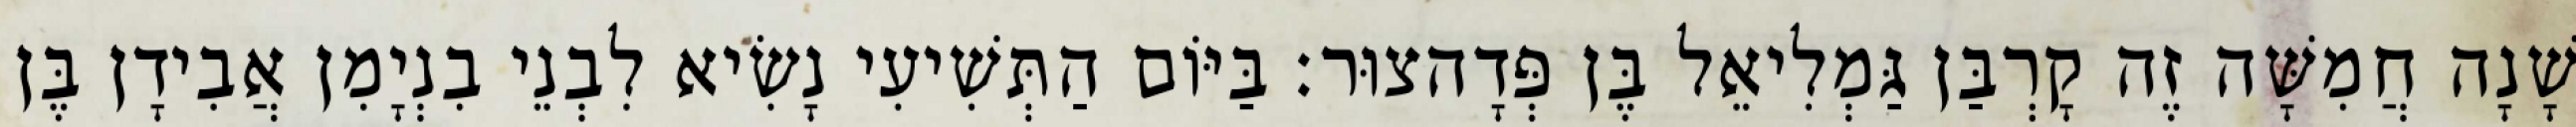
שָׁנָה חֲמִשָּׁה זֶה קָרְבַּן גַּמְלִיאֵל בֶּן פְּדָהצוּר׃ בַּיּוֹם הַתְּשִׁיעִי נָשִׂיא לִבְנֵי בִנְיָמִן אֲבִידָן בֶּן